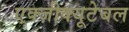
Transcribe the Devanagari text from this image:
एक्ज़ीक्यूटेबल